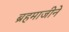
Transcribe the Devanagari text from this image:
ब्रहमाजीने